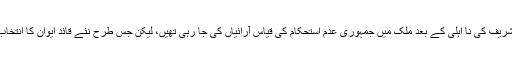
پیپلز پارٹی کے نوید قمر نے کہا کہ نواز شریف کی نا اہلی کے بعد ملک میں جمہوری عدم استحکام کی قیاس آرائیاں کی جا رہی تھیں، لیکن جس طرح نئے قائد ایوان کا انتخاب ہوا اس سے اُن خدشات کی نفی ہوئی ہے۔